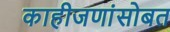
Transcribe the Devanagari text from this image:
काहीजणांसोबत